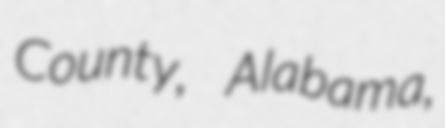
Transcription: County, Alabama,